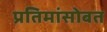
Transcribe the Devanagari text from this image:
प्रतिमांसोबत